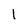
Character: l